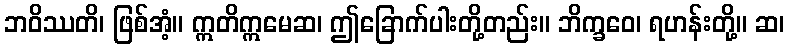
ဘဝိဿတိ၊ ဖြစ်အံ့။ ဣတိဣမေဆ၊ ဤခြောက်ပါးတို့တည်း။ ဘိက္ခဝေ၊ ရဟန်းတို့။ ဆ၊